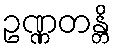
ဥဏ္ဏတန္တိ